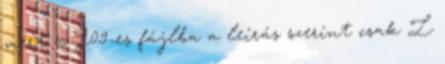
mert a J09-es fájlba a leírás szerint csak L